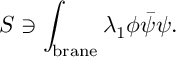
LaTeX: S \ni \int _ { \mathrm { b r a n e } } \lambda _ { 1 } \phi \bar { \psi } \psi .